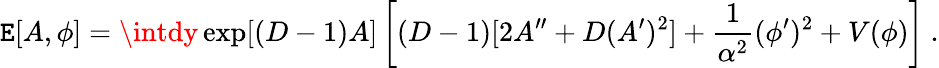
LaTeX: \mathtt{E}[A,\phi]=\intdy\exp[(D-1)A]\left[(D-1)[2A^{\prime\prime}+D(A^{\prime})^{2}]+{\frac{{1}}{{\alpha^{2}}}}(\phi^{\prime})^{2}+V(\phi)\right]~.